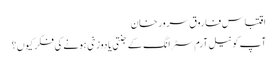
اقتباس فاروق سرور خان
آپ کو نیل آرم سٹرانگ کے جنتی یا دوزخی ہونے کی فکر کیوں؟